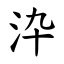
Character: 㳃